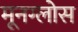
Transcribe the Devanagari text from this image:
मूनग्लोस